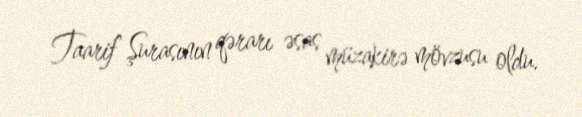
Taarif Şurasının qərarı əsas müzakirə mövzusu oldu.